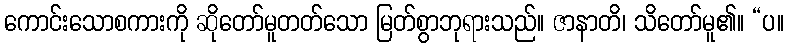
ကောင်းသောစကားကို ဆိုတော်မူတတ်သော မြတ်စွာဘုရားသည်။ ဇာနာတိ၊ သိတော်မူ၏။ “ပ။